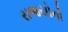
રાજયોનો